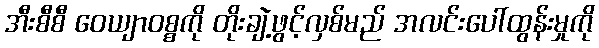
အီးစီစီ ဝေယျာဝစ္စကို တိုးချဲ့ဖွင့်လှစ်မည် အလင်းပေါ်ထွန်းမှုကို